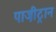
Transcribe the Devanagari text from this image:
पाजी़ट्रान